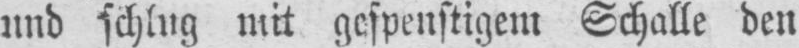
und schlug mit gespenstigem Schalle den